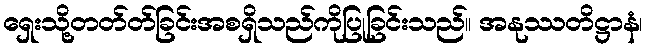
ရှေးသို့တတ်တ်ခြင်းအစရှိသည်ကိုပြုခြင်းသည်။ အနုဿတိဋ္ဌာနံ၊